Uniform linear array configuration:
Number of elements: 32
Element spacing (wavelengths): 1
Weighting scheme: kaiser
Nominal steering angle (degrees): -30
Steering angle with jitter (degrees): -28.374
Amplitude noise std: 0.05
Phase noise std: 0.05

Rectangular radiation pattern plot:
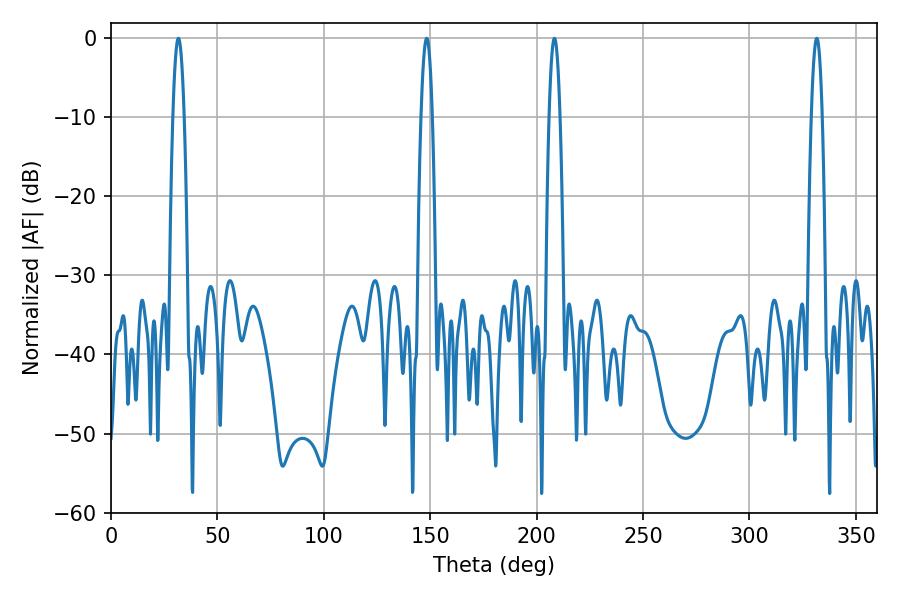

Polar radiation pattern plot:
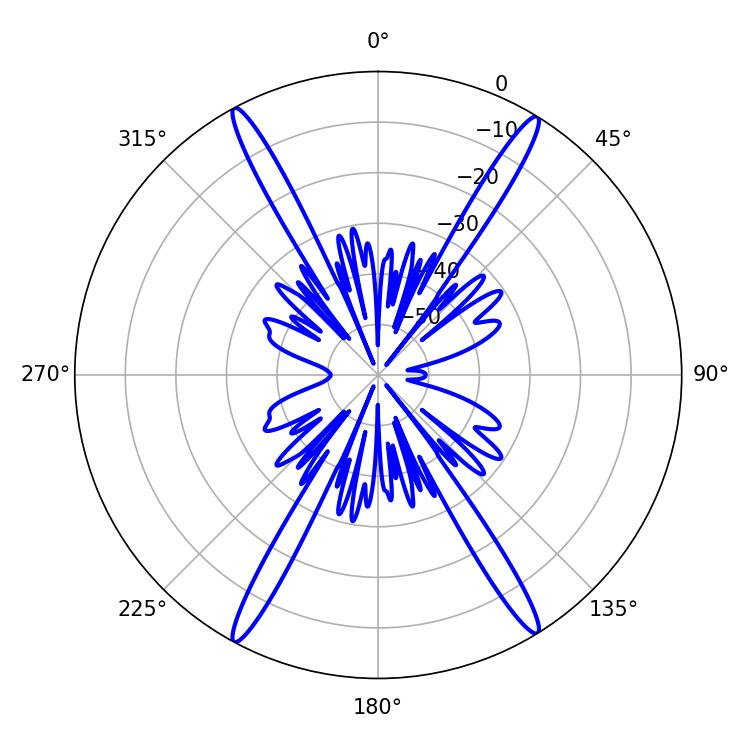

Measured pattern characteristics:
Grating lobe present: TRUE
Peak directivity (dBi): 24.325
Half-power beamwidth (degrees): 2.88
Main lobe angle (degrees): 31.68